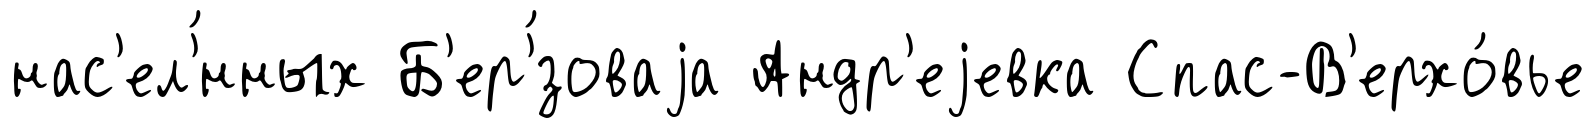
нас'ел'́нных Б'ер'́зоваjа Андр'еjевка Спас-В'ерхо́вье